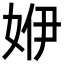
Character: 𡜬